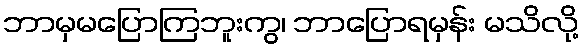
ဘာမှမပြောကြဘူးကွ၊ ဘာပြောရမှန်း မသိလို့